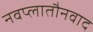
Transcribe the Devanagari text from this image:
नवप्लातौनवाद